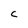
Character: C